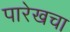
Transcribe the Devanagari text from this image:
पारेखचा